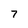
Character: 7